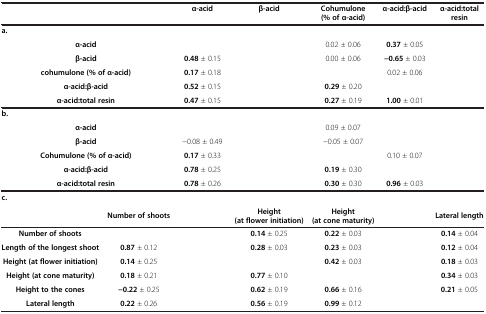
<table><thead><tr><td colspan="2">[EMPTY_CELL]</td><td><b>α-acid</b></td><td><b>β-acid</b></td><td><b>Cohumulone (% of α-acid)</b></td><td><b>α-acid:β-acid</b></td><td><b>α-acid:total resin</b></td></tr></thead><tbody><tr><td colspan="7"><b>a.</b></td></tr><tr><td colspan="2"><b>α-acid</b></td><td>[EMPTY_CELL]</td><td>[EMPTY_CELL]</td><td>0.02 ± 0.06</td><td><b>0.37</b> ± 0.05</td><td>[EMPTY_CELL]</td></tr><tr><td colspan="2"><b>β-acid</b></td><td><b>0.48</b> ± 0.15</td><td>[EMPTY_CELL]</td><td>0.00 ± 0.06</td><td><b>-0.65</b> ± 0.03</td><td>[EMPTY_CELL]</td></tr><tr><td colspan="2"><b>cohumulone (% of α-acid)</b></td><td><b>0.17</b> ± 0.18</td><td>[EMPTY_CELL]</td><td>[EMPTY_CELL]</td><td>0.02 ± 0.06</td><td>[EMPTY_CELL]</td></tr><tr><td colspan="2"><b>α-acid:β-acid</b></td><td><b>0.52</b> ± 0.15</td><td>[EMPTY_CELL]</td><td><b>0.29</b> ± 0.20</td><td>[EMPTY_CELL]</td><td>[EMPTY_CELL]</td></tr><tr><td colspan="2"><b>α-acid:total resin</b></td><td><b>0.47</b> ± 0.15</td><td>[EMPTY_CELL]</td><td><b>0.27</b> ± 0.19</td><td><b>1.00</b> ± 0.01</td><td>[EMPTY_CELL]</td></tr><tr><td colspan="7"><b>b.</b></td></tr><tr><td colspan="2"><b>α-acid</b></td><td>[EMPTY_CELL]</td><td>[EMPTY_CELL]</td><td>0.09 ± 0.07</td><td>[EMPTY_CELL]</td><td>[EMPTY_CELL]</td></tr><tr><td colspan="2"><b>β-acid</b></td><td>-0.08 ± 0.49</td><td>[EMPTY_CELL]</td><td>-0.05 ± 0.07</td><td>[EMPTY_CELL]</td><td>[EMPTY_CELL]</td></tr><tr><td colspan="2"><b>Cohumulone (% of α-acid)</b></td><td><b>0.17</b> ± 0.33</td><td>[EMPTY_CELL]</td><td>[EMPTY_CELL]</td><td>0.10 ± 0.07</td><td>[EMPTY_CELL]</td></tr><tr><td colspan="2"><b>α-acid:β-acid</b></td><td><b>0.78</b> ± 0.25</td><td>[EMPTY_CELL]</td><td><b>0.19</b> ± 0.30</td><td>[EMPTY_CELL]</td><td>[EMPTY_CELL]</td></tr><tr><td colspan="2"><b>α-acid:total resin</b></td><td><b>0.78</b> ± 0.26</td><td>[EMPTY_CELL]</td><td><b>0.30</b> ± 0.30</td><td><b>0.96</b> ± 0.03</td><td>[EMPTY_CELL]</td></tr><tr><td colspan="7"><b>c.</b></td></tr><tr><td>[EMPTY_CELL]</td><td><b>Number of shoots</b></td><td>[EMPTY_CELL]</td><td><b>Height (at flower initiation)</b></td><td><b>Height (at cone maturity)</b></td><td>[EMPTY_CELL]</td><td><b>Lateral length</b></td></tr><tr><td><b>Number of shoots</b></td><td>[EMPTY_CELL]</td><td>[EMPTY_CELL]</td><td><b>0.14</b> ± 0.25</td><td><b>0.22</b> ± 0.03</td><td>[EMPTY_CELL]</td><td><b>0.14</b> ± 0.04</td></tr><tr><td><b>Length of the longest shoot</b></td><td><b>0.87</b> ± 0.12</td><td>[EMPTY_CELL]</td><td><b>0.28</b> ± 0.03</td><td><b>0.23</b> ± 0.03</td><td>[EMPTY_CELL]</td><td><b>0.12</b> ± 0.04</td></tr><tr><td><b>Height (at flower initiation)</b></td><td><b>0.14</b> ± 0.25</td><td>[EMPTY_CELL]</td><td>[EMPTY_CELL]</td><td><b>0.42</b> ± 0.03</td><td>[EMPTY_CELL]</td><td><b>0.18</b> ± 0.03</td></tr><tr><td><b>Height (at cone maturity)</b></td><td><b>0.18</b> ± 0.21</td><td>[EMPTY_CELL]</td><td><b>0.77</b> ± 0.10</td><td>[EMPTY_CELL]</td><td>[EMPTY_CELL]</td><td><b>0.34</b> ± 0.03</td></tr><tr><td><b>Height to the cones</b></td><td><b>-0.22</b> ± 0.25</td><td>[EMPTY_CELL]</td><td><b>0.62</b> ± 0.19</td><td><b>0.66</b> ± 0.16</td><td>[EMPTY_CELL]</td><td><b>0.21</b> ± 0.05</td></tr><tr><td><b>Lateral length</b></td><td><b>0.22</b> ± 0.26</td><td>[EMPTY_CELL]</td><td><b>0.56</b> ± 0.19</td><td><b>0.99</b> ± 0.12</td><td>[EMPTY_CELL]</td><td>[EMPTY_CELL]</td></tr></tbody></table>